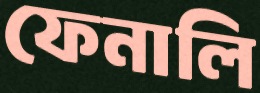
ফেনালি